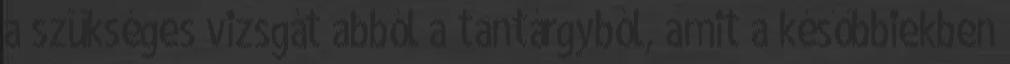
a szükséges vizsgát abból a tantárgyból, amit a későbbiekben